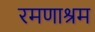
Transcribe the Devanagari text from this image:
रमणाश्रम